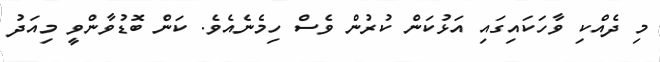
މި ދެއްކި ވާހަކައިގައި އަޅުކަން ކުރުން ވެސް ހިމެނެއެވެ. ކަން ބޮޑުވާންވީ މިއަދު